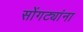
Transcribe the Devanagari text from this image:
सोंगट्यांना